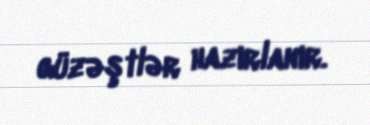
güzəştlər hazırlanır.